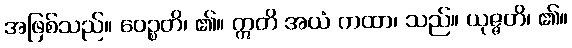
အဖြစ်သည်။ ဝေဉ္စတိ၊ ၏။ ဣတိ အယံ ကထာ၊ သည်။ ယုဇ္ဇတိ၊ ၏။